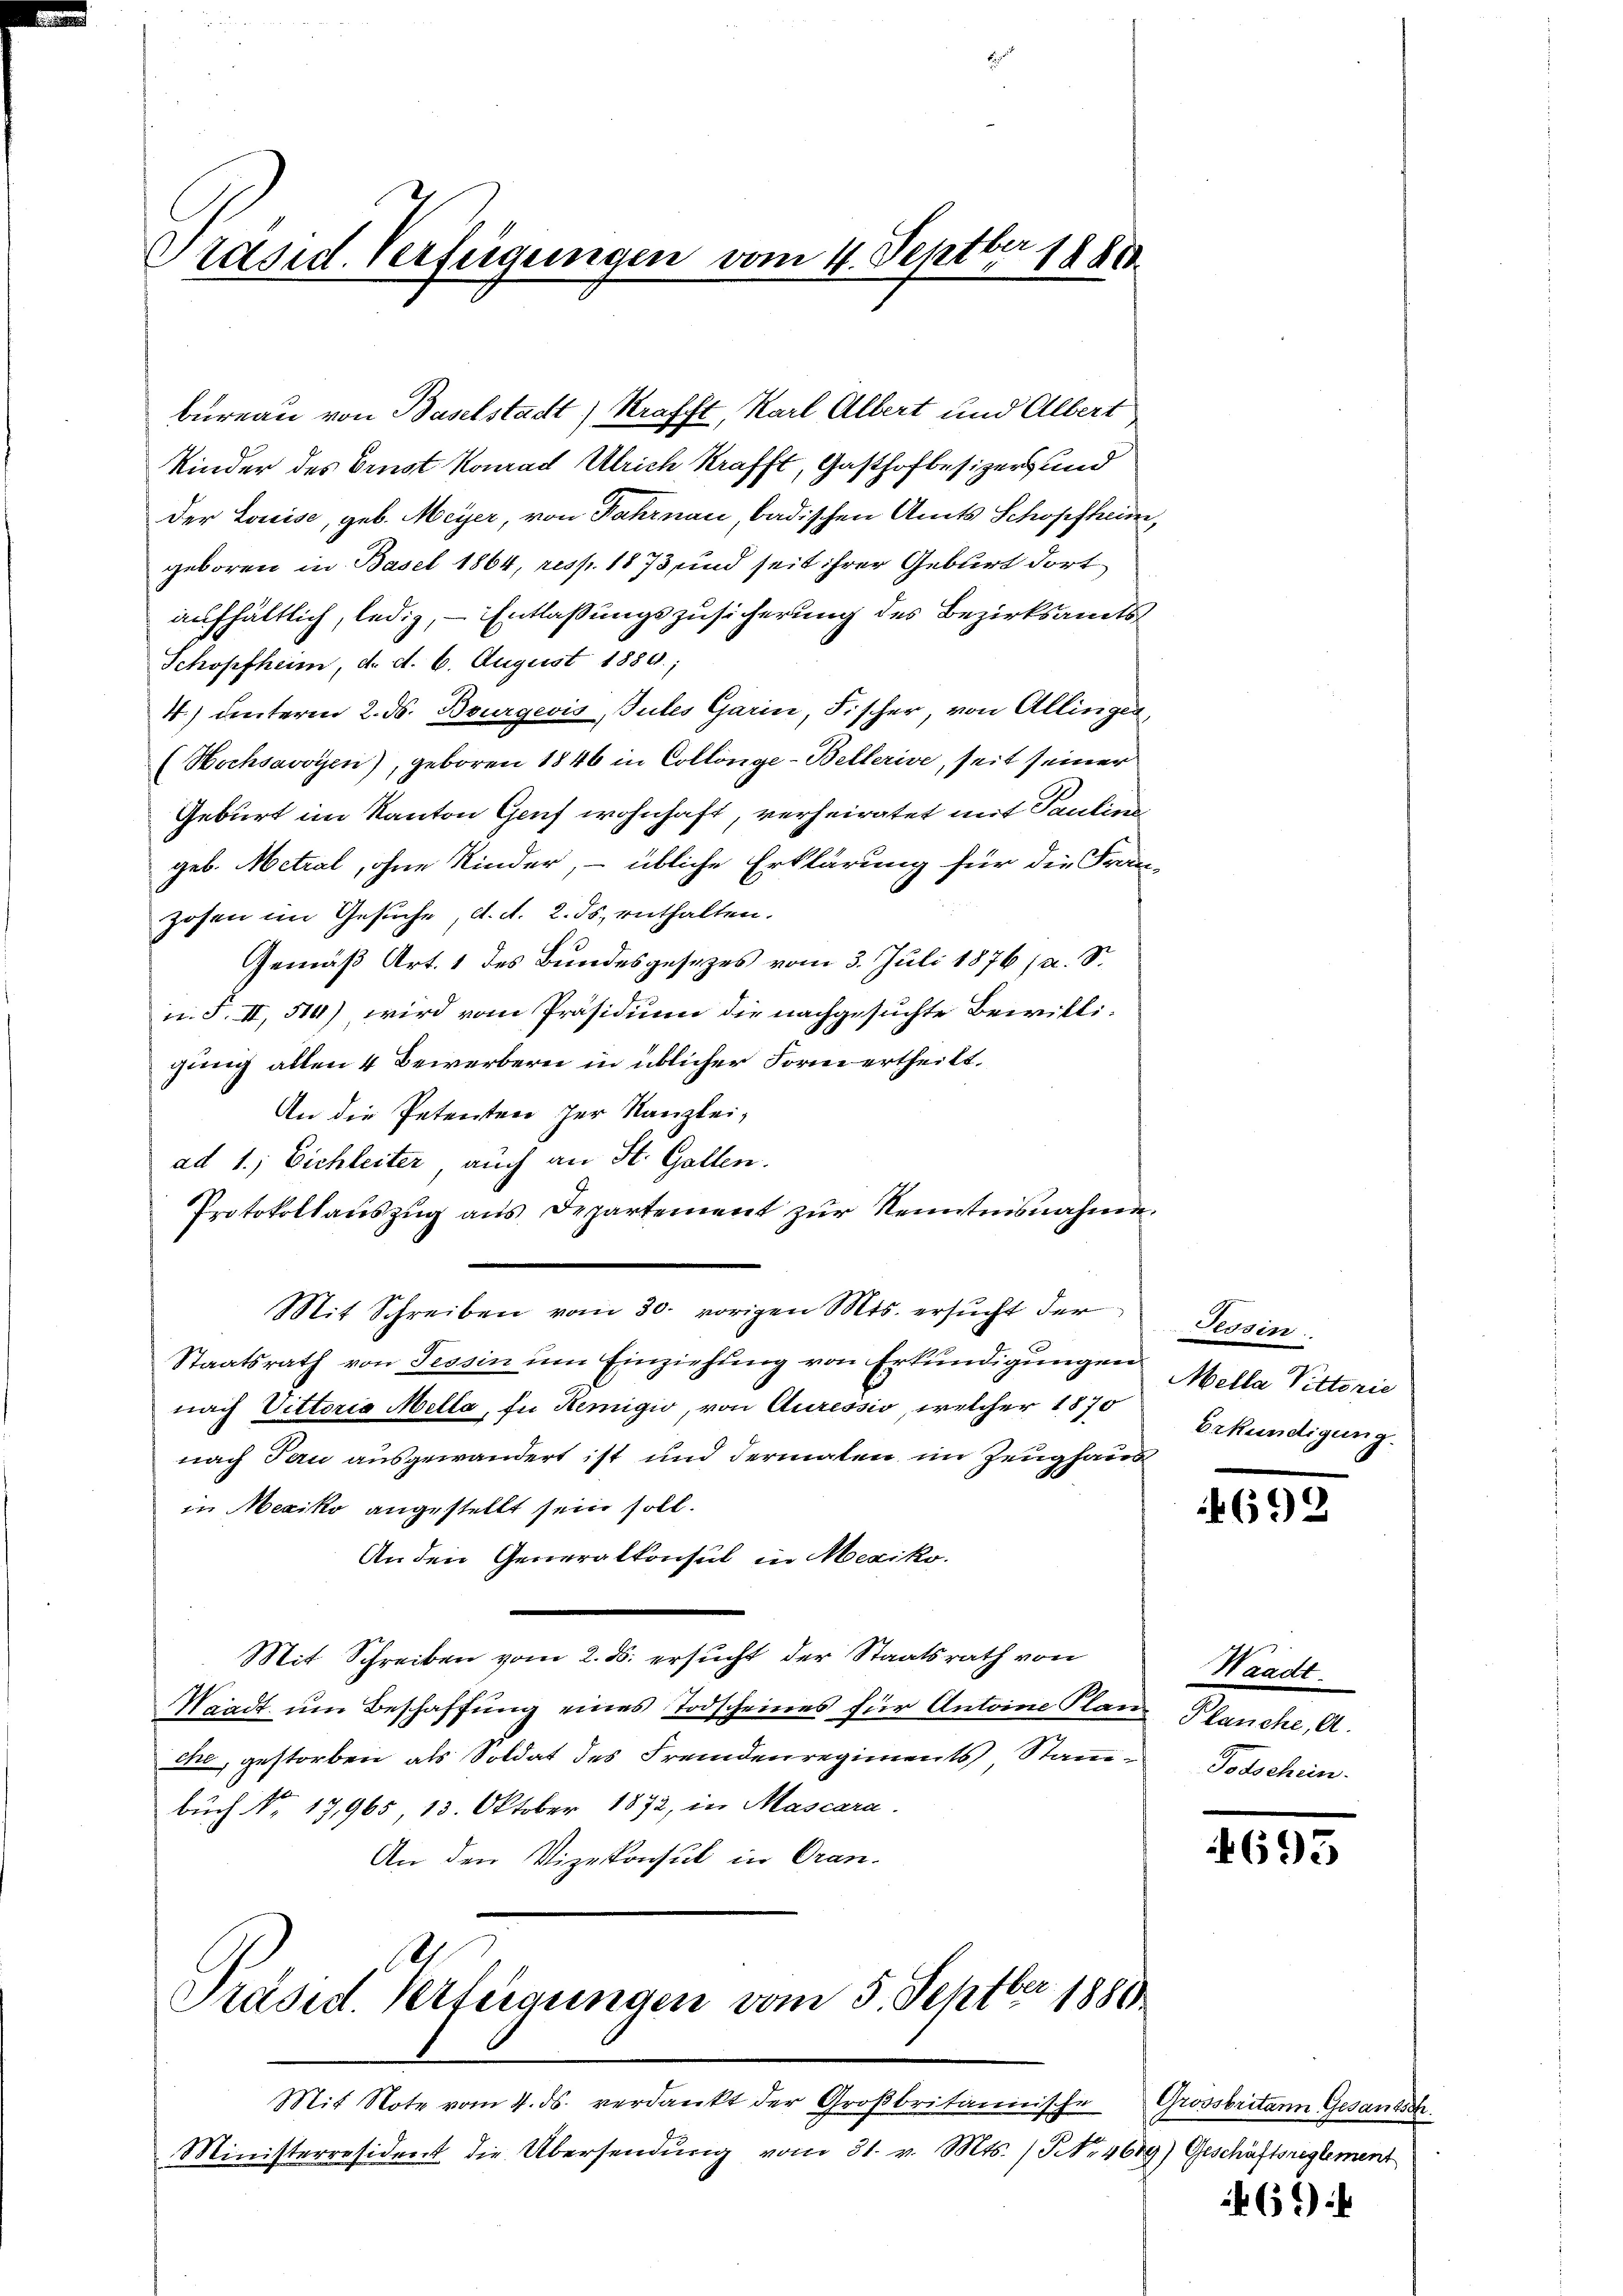
Präsid. Verfügungen vom 4. Septbr 1888

Präsid. Verfeigungen vom 5. Septbr 1881

Kinder des Brust Konrad Ulrich Krafft, Gasthofbesizers und
der Louise, geb. Meyer, von Fahrnau, badischen Amts Schopfheim,
geboren in Basel 1864, resp. 1873 und seit ihrer Geburt dort
aufhältlich, ledig, Entlassungszusicherung des Bezirksamts
Schopfheim, d. d. 6. August 1880.;
4) unterm 2. ds. Bourgeois, Gutes Garin, Fischer, von Allingen,
(Hochsavoyen), geboren 1846 in Collinge-Bellerive, seit seiner
Geburt im Kanton Genf wohnhaft, verheiratet mit Pauline
geb. Metral, ohne Kinder, - übliche Erklärung für die Fran-
zosen im Gesuche, d. d. 2. ds. enthalten.
Gemäß Art. 1 des Bundesgesezes vom 3. Juli 1876 (a. S.
n. F. II, 514) wird vom Präsidium die nachgesuchte Bewilligung allen 4 Bewerbern in üblicher Forne ertheilt.
An die Petenten zur Kanzlei-
ad 1., Eichleiter, auch an St. Gallen.
Protokollauszug aus Departement zur Kenntnisnahme.
Mit Schreiben vom 30. vorigen Mts. ersucht der
Staatsrath von Tessin ŭm Einziehŭng von Erkŭndigungen Mella Vittorie
nach Vittorio Mella, in Remigio, von Auressio, welcher 1870
nach Tau ausgewandert ist und dermalen im Zeughaus
in Mexiko angestellt sein soll.
An den Generalkonsul in Mexiko
Mit Schreiben vom 2. ds. ersucht der Staatsrath von
Waadt um Beschaffung eines Todscheines für Antoine Plan Planche, A.
che, gestorben als Soldat des Fremdenregiments, Stanbuch No. 17,965 13. Oktober 1872, in Mascara.
An den Vizekonsul in Oran.

bureau von Baselstadt) Krafft, Karl Albert und Albert

Ministerresident die Übersendŭng vom 31. v. Mts. / NNo. 4609) Geschäftsreglement

Mit Note vom 4. ds. verdankt der Großbritannische Grossbritann Gesandsch

essin
Erkundigung.

692

Waadt.
Totschein.

1695

69)